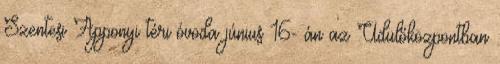
Szentesi Apponyi téri óvoda június 16- án az Üdülőközpontban